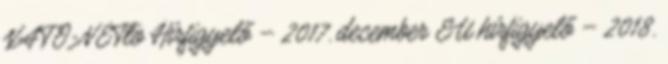
NATO-NETto Hírfigyelő – 2017. december EU hírfigyelő – 2018.